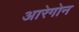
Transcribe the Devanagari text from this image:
आरेगोन